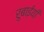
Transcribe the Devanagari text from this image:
रुबाईयाँ